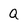
Character: Q